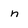
Character: n